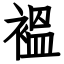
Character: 褞